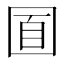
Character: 𡇢